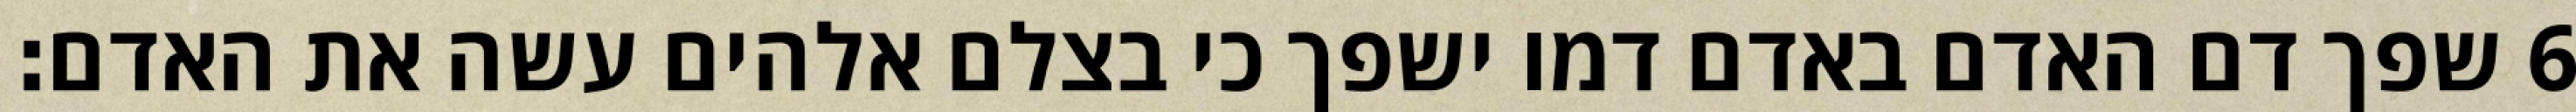
‎6‏ שפך דם האדם באדם דמו ישפך כי בצלם אלהים עשה את האדם׃